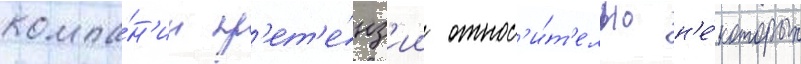
компа́н'ии пр'ет'е́нз'ии относ'и́т'ельно н'е́которых